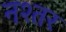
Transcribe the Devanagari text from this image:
नश्तर